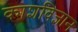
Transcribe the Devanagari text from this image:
काशविज्ञान